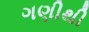
ગણીથી